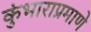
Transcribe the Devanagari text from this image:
कुंभाराप्रमाणे